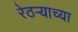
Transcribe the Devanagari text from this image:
रेठर्‍याच्या